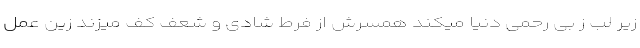
زیر لب ز بی رحمی دنیا میکند همسرش از فرط شادی و شعف کف میزند زین عمل